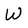
Character: W